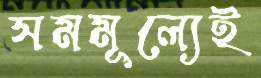
সমমূল্যেই